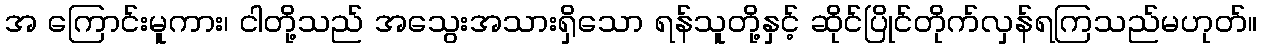
အ ကြောင်းမူကား၊ ငါတို့သည် အသွေးအသားရှိသော ရန်သူတို့နှင့် ဆိုင်ပြိုင်တိုက်လှန်ရကြသည်မဟုတ်။